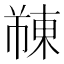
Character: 𫉓